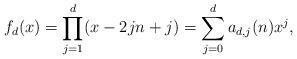
LaTeX: \begin{align*} f_d(x)=\prod_{j=1}^d (x-2jn+j)= \sum_{j=0}^d a_{d,j}(n) x^j,\end{align*}